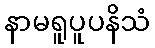
နာမရူပူပနိသံ